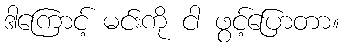
ဒါကြောင့် မင်းကို ငါ ဖွင့်ပြောတာ။